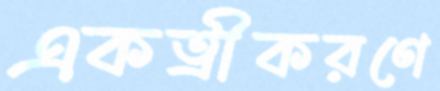
একত্রীকরণে